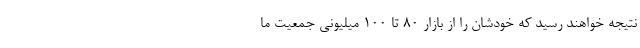
نتیجه خواهند رسید که خودشان را از بازار ۸۰ تا ۱۰۰ میلیونی جمعیت ما